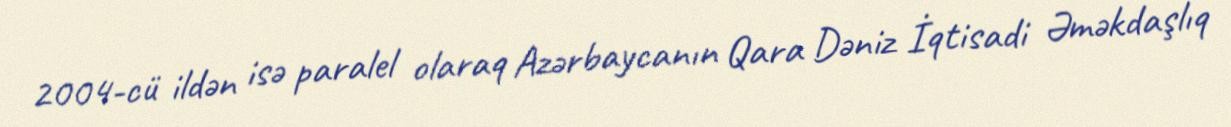
2004-cü ildən isə paralel olaraq Azərbaycanın Qara Dəniz İqtisadi Əməkdaşlıq